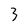
Character: 3